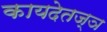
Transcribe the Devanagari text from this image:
कायदेतज्ञ